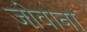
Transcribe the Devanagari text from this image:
जोवाना